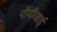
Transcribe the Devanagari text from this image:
पीवीआई